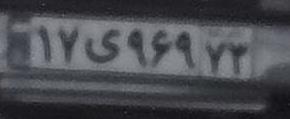
۱۷ی۹۶۹۷۳